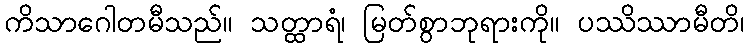
ကိသာဂေါတမီသည်။ သတ္ထာရံ၊ မြတ်စွာဘုရားကို။ ပဿိဿာမီတိ၊